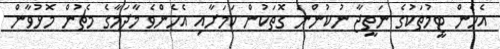
އެހެން ޓީމުތަކުގެ ނަތީޖާ ނުކުންނަ ގޮތަކުން ކަމަށާއި އެހެންވެ މާދަމާގެ މެޗުން މޮޅުވާން